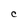
Character: C